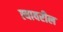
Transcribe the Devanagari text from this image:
त्‍यावरील